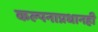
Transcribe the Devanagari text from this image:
कल्पनाप्रधानही